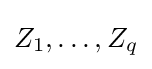
Z_{1},\ldots ,Z_{q}